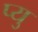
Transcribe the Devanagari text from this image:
प्यु